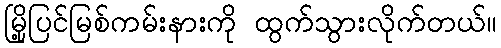
မြို့ပြင်မြစ်ကမ်းနားကို ထွက်သွားလိုက်တယ်။